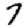
Digit: 7